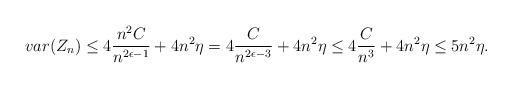
LaTeX: \begin{align*}var(Z_n) \leq 4\frac{n^2C}{n^{2\epsilon-1}} + 4n^2\eta = 4\frac{C}{n^{2\epsilon-3}} + 4n^2\eta \leq 4\frac{C}{n^3} + 4n^2\eta \leq 5n^2\eta.\end{align*}